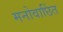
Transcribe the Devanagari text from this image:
मनोवाछिंत